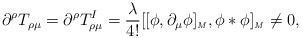
LaTeX: \begin{align*}\partial^\rho T_{\rho\mu}= \partial^\rho T^I_{\rho\mu}= {\lambda\over4!}[[\phi,\partial_\mu\phi]_\textrm{\tiny{\emph{M}}}, \phi*\phi]_\textrm{\tiny{\emph{M}}} \neq0, \end{align*}